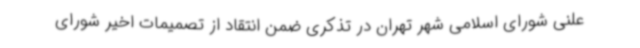
علنی شورای اسلامی شهر تهران در تذکری ضمن انتقاد از تصمیمات اخیر شورای